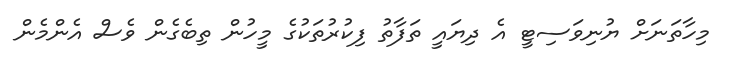
މިހާތަނަށް ޔުނިވަސިޓީ އެ ދިޔައީ ތަފާތު ފިކުރުތަކުގެ މީހުން ތިބެގެން ވެސް އެންމެން